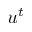
u ^ { t }